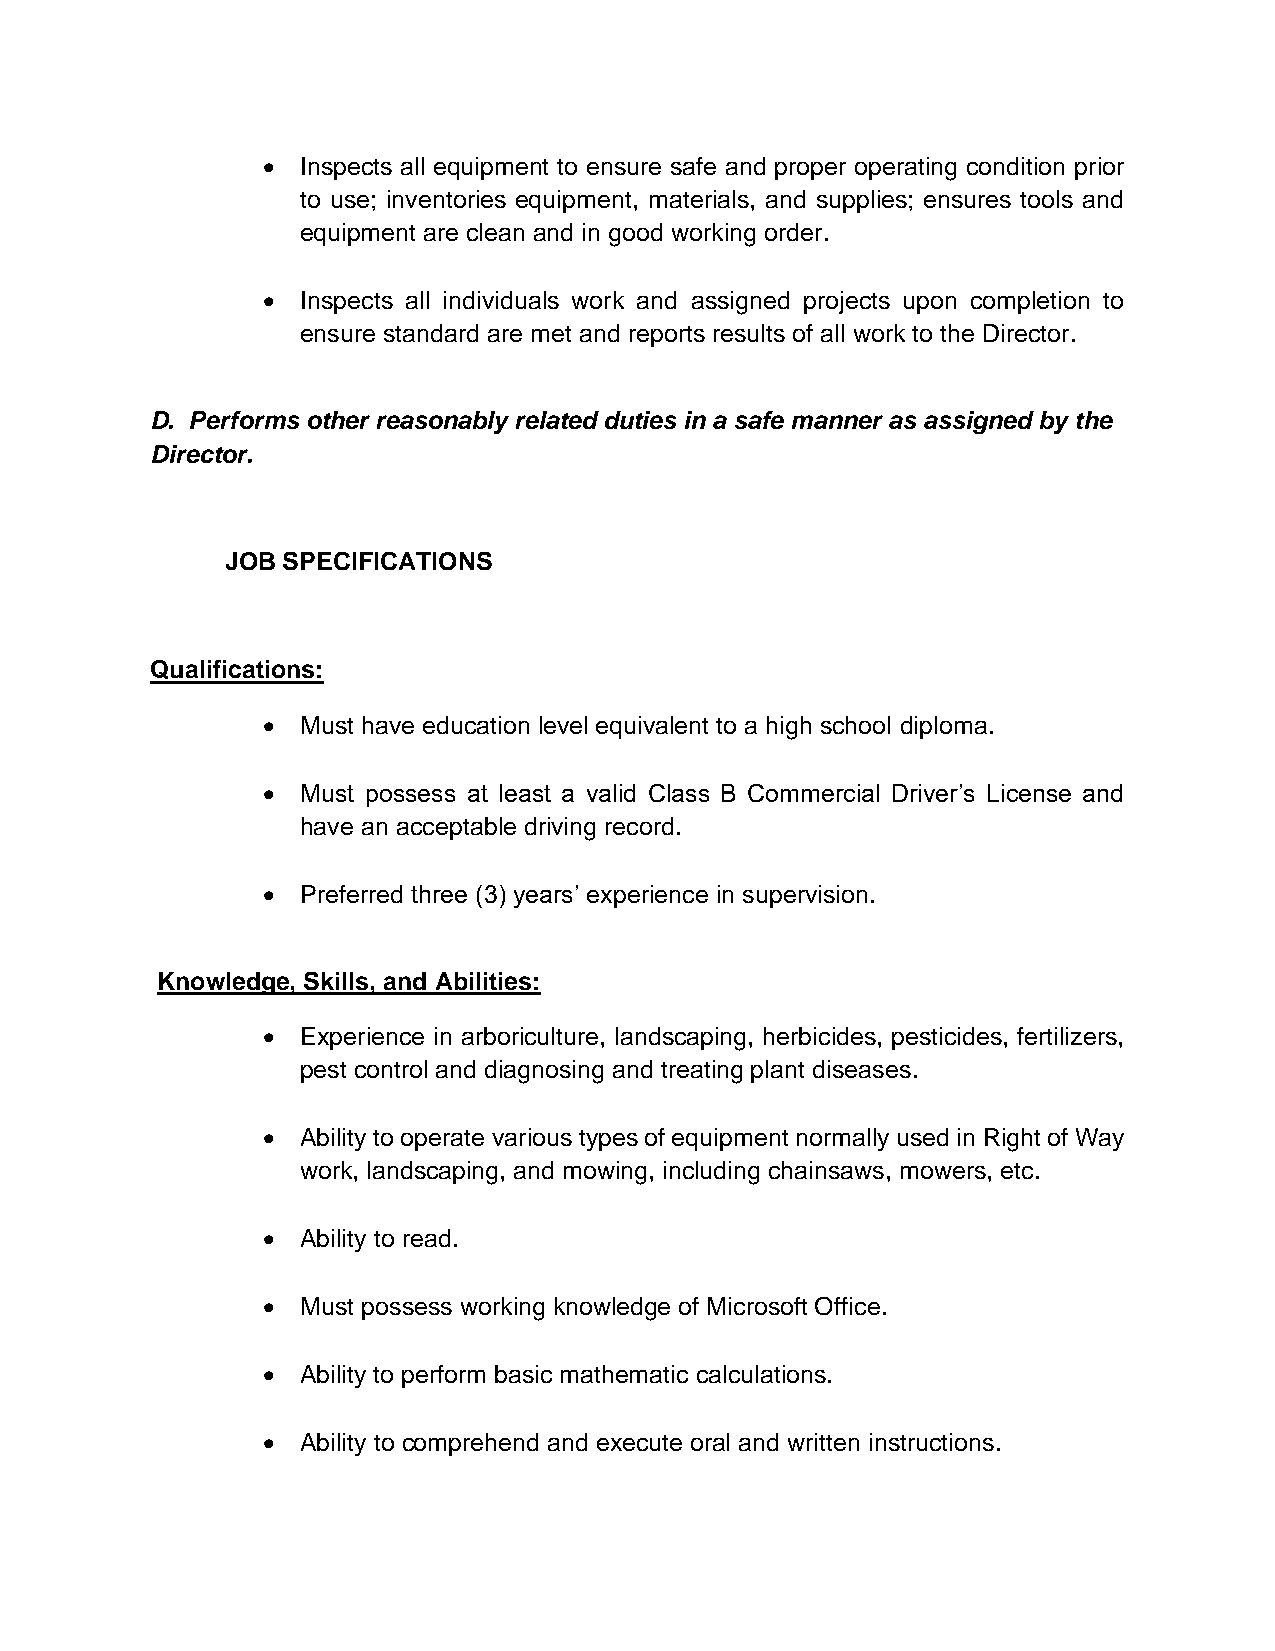
•  Inspects all equipment to ensure safe and proper operating condition prior
 to use; inventories equipment, materials, and supplies; ensures tools and
 equipment are clean and in good working order.
 •  Inspects all individuals work and assigned projects upon completion to
 ensure standard are met and reports results of all work to the Director.
 D. Performs other reasonably related duties in a safe manner as assigned by the
 Director.
 JOB SPECIFICATIONS
 Qualifications:
 •  Must have education level equivalent to a high school diploma.
 •  Must possess at least a valid Class B Commercial Driver’s License and
 have an acceptable driving record.
 •  Preferred three (3) years’ experience in supervision.
 Knowledge, Skills, and Abilities:
 •  Experience in arboriculture, landscaping, herbicides, pesticides, fertilizers,
 pest control and diagnosing and treating plant diseases.
 •  Ability to operate various types of equipment normally used in Right of Way
 work, landscaping, and mowing, including chainsaws, mowers, etc.
 •  Ability to read.
 •  Must possess working knowledge of Microsoft Office.
 •  Ability to perform basic mathematic calculations.
 •  Ability to comprehend and execute oral and written instructions.